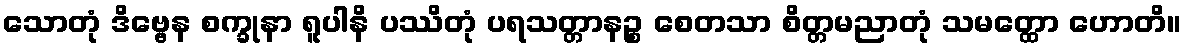
သောတုံ ဒိဗ္ဗေန စက္ခုနာ ရူပါနိ ပဿိတုံ ပရသတ္တာနဉ္စ စေတသာ စိတ္တမညာတုံ သမတ္ထော ဟောတိ။